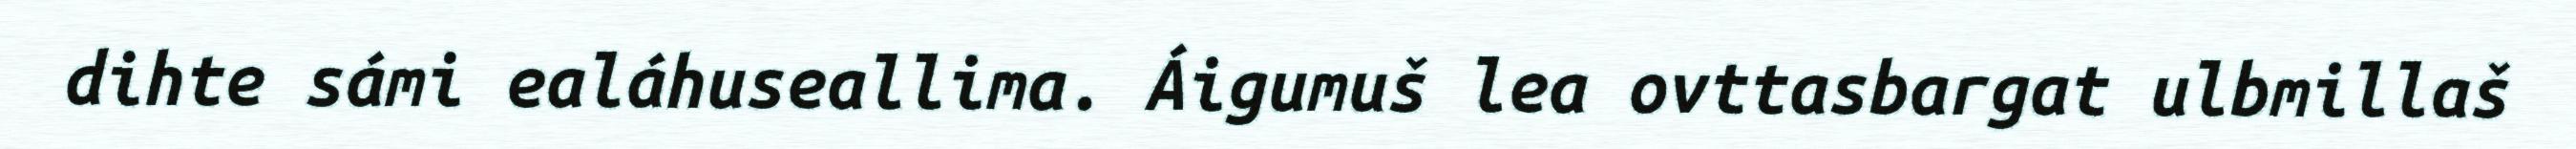
dihte sámi ealáhuseallima. Áigumuš lea ovttasbargat ulbmillaš